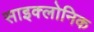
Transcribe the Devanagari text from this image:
साइक्लोनिक